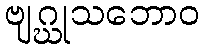
ဗျဂ္ဃုသဘောဝ